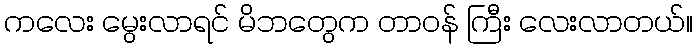
ကလေး မွေးလာရင် မိဘတွေက တာဝန် ကြီး လေးလာတယ်။